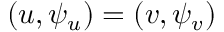
( u , \psi _ { u } ) = ( v , \psi _ { v } )